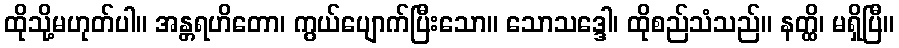
ထိုသို့မဟုတ်ပါ။ အန္တရဟိတော၊ ကွယ်ပျောက်ပြီးသော။ သောသဒ္ဒေါ၊ ထိုစည်သံသည်။ နတ္ထိ၊ မရှိပြီ။